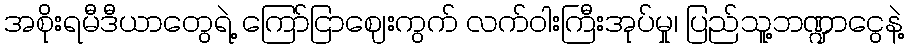
အစိုးရမီဒီယာတွေရဲ့ ကြော်ငြာဈေးကွက် လက်ဝါးကြီးအုပ်မှု၊ ပြည်သူ့ဘဏ္ဍာငွေနဲ့